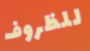
للظروف